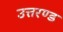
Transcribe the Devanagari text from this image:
उत्तरण्ड